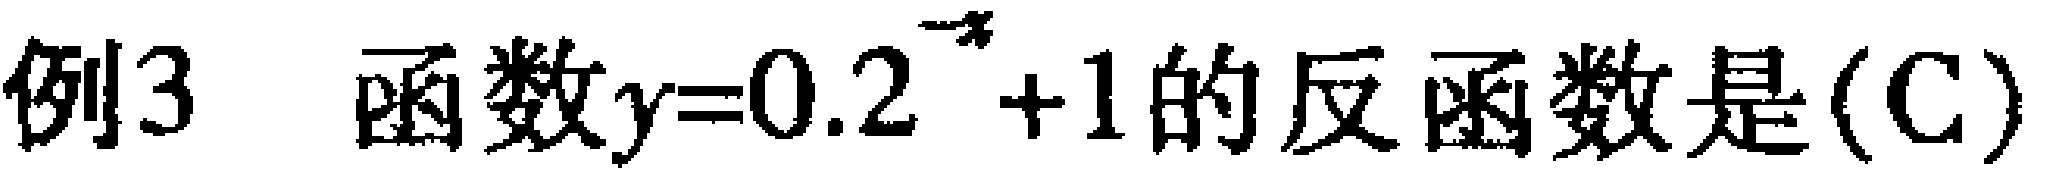
例3 函数\(y = 0.2^{-x}+1\)的反函数是(C)